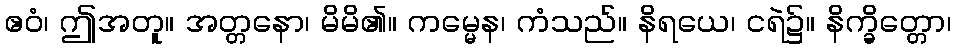
ဧဝံ၊ ဤအတူ။ အတ္တနော၊ မိမိ၏။ ကမ္မေန၊ ကံသည်။ နိရယေ၊ ငရဲ၌။ နိက္ခိတ္တော၊